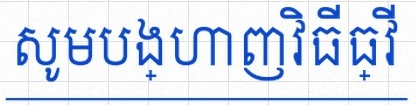
សូមបង្ហាញវិធីធ្វើ